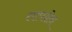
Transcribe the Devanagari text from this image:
तापक्षेत्र